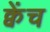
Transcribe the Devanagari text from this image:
क्वेंच